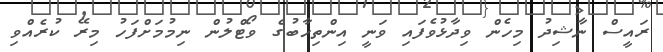
ރައީސް ނާޝިދު މިހެން ވިދާޅުވެފައި ވަނީ އިންތިހާބުގެ ވޯޓްލުން ނިމުމަށްފަހު މިރޭ ކުރެއްވި